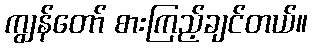
ကျွန်တော် စားကြည့်ချင်တယ်။